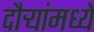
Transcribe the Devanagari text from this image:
दौऱ्यांमध्ये